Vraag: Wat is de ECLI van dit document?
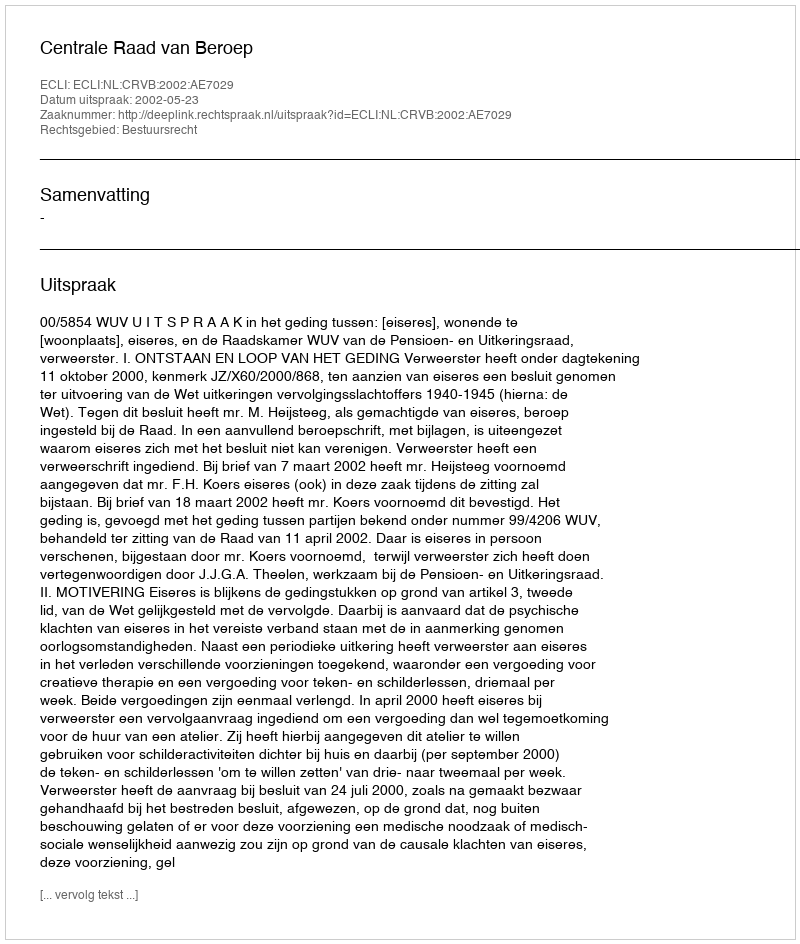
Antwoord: ECLI:NL:CRVB:2002:AE7029